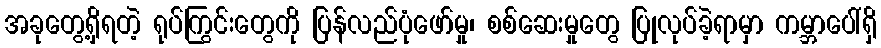
အခုတွေ့ရှိရတဲ့ ရုပ်ကြွင်းတွေကို ပြန်လည်ပုံဖော်မှု၊ စစ်ဆေးမှုတွေ ပြုလုပ်ခဲ့ရာမှာ ကမ္ဘာပေါ်ရှိ